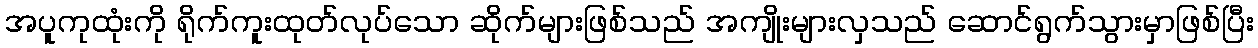
အပူကုထုံးကို ရိုက်ကူးထုတ်လုပ်သော ဆိုက်များဖြစ်သည် အကျိုးများလှသည် ဆောင်ရွက်သွားမှာဖြစ်ပြီး